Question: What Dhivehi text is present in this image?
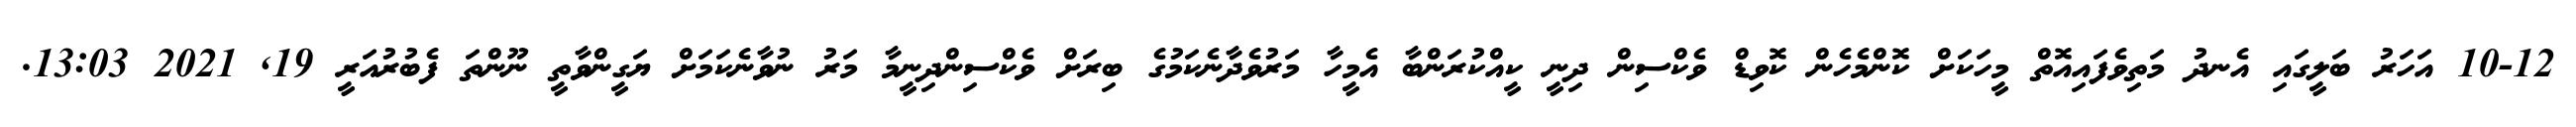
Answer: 10-12 އަހަރު ބަލީގައި އެނދު މަތިވެފައިއޮތް މީހަކަށް ކޮންމެހެން ކޮވިޑް ވެކްސިން ދިނީ ކީއްކުރަންބާ އެމީހާ މަރުވެދާނެކަމުގެ ބިރަށް ވެކްސިންދިނީމާ މަރު ނުވާނެކަމަށް ޔަގީންވާތީ ނޫންތަ ފެބުރުއަރީ 19, 2021 13:03.